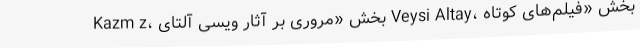
Kazm z، بخش «مروری بر آثار ویسی آلتای Veysi Altay، بخش «فیلم‌های کوتاه